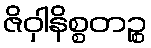
ဇိဝှါနိစ္စတဉ္စ